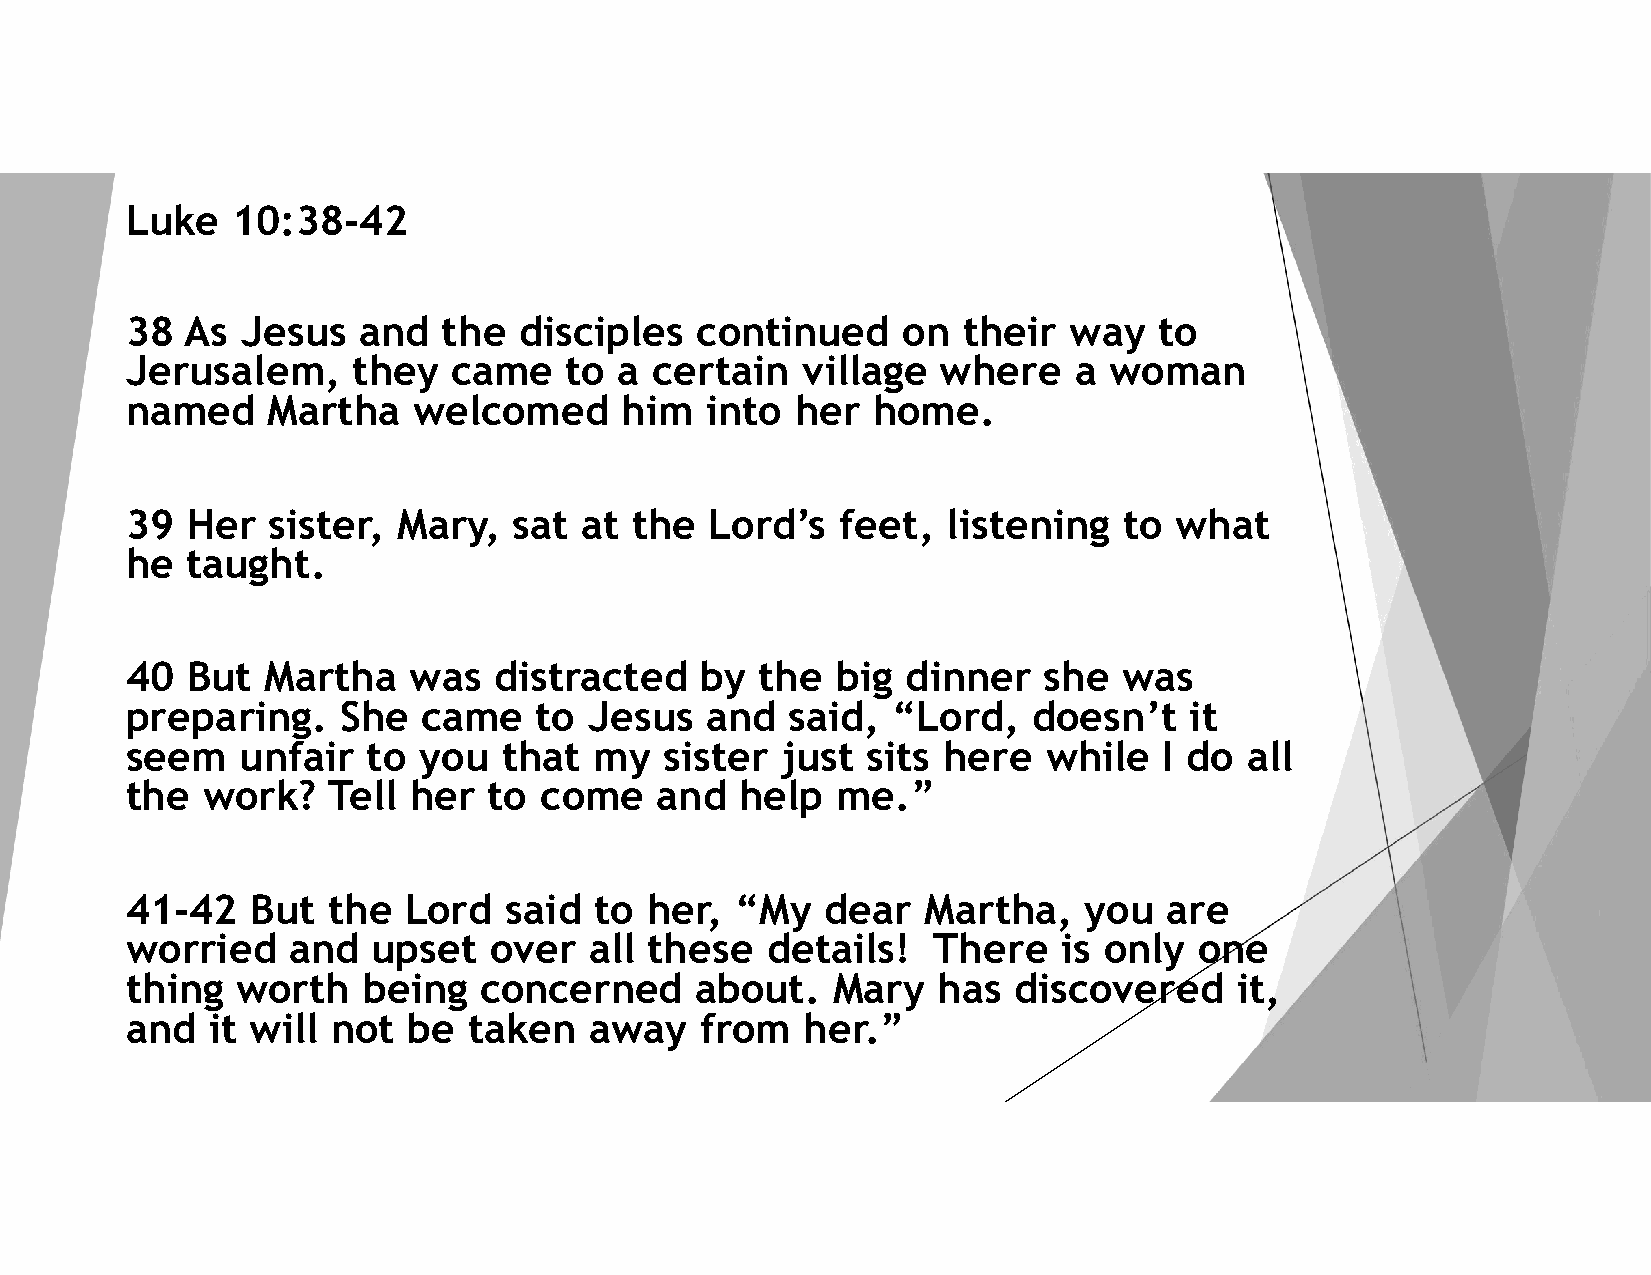
Luke   10:38-42
 38  As  Jesus   and  the  disciples   continued     on  their  way   to
 Jerusalem,     they   came   to  a certain   village  where    a woman
 named     Martha   welcomed      him   into  her  home.
 39  Her   sister, Mary,   sat at  the  Lord’s   feet,  listening  to  what
 he  taught.
 40  But   Martha   was   distracted   by  the  big  dinner   she  was
 preparing.    She   came   to  Jesus   and  said,  “Lord,   doesn’t    it
 seem    unfair  to  you  that  my   sister  just sits here   while   I do all
 the  work?    Tell her  to  come   and   help  me.”
 41-42    But  the  Lord  said  to  her,  “My   dear  Martha,    you  are
 worried    and   upset  over   all these   details!   There   is only  one
 thing   worth   being   concerned     about.   Mary   has  discovered     it,
 and   it will not  be  taken   away   from   her.”